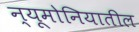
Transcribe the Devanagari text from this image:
न्यूमोनियातील